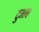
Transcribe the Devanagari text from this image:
दुभाब